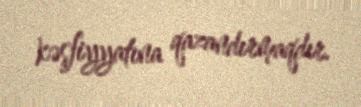
kəşfiyyatına qazandırmaqdır.